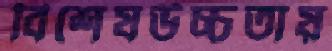
বিশেষউচ্চতায়